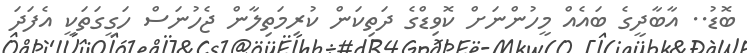
ބޮޑު.. އާބާދީގެ ބައެއް މީހުންނަށް ކޮވިޑްގެ ދަތިކަން ކުރިމަތިލާން ޖެހުނަސް ހަގީގަތަކީ އެފަދަ